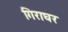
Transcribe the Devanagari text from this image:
गिराघर